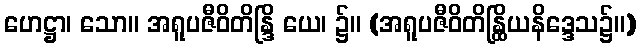
ဟေဋ္ဌာ၊ သော။ အရူပဇီဝိတိန္ဒြိ ယေ၊ ၌။ (အရူပဇီဝိတိန္ထြိယနိဒ္ဒေသ၌။)